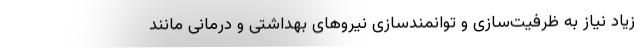
زیاد نیاز به ظرفیت‌سازی و توانمندسازی نیروهای بهداشتی و درمانی مانند